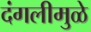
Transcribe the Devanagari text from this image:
दंगलीमुळे